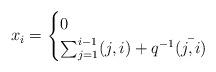
LaTeX: \begin{align*} x_i=\begin{cases} 0 &\\ \sum_{j=1}^{i-1}(j,i)+q^{-1}\bar{(j,i)} & \\\end{cases}\end{align*}